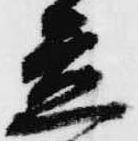
立